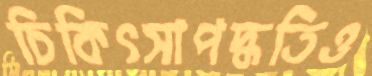
চিকিৎসাপদ্ধতিও